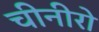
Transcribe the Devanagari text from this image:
चीनीरो